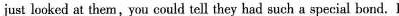
just looked at them,you could tell they had such a special bond. I